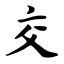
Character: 交